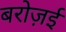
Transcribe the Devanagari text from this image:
बरोज़ई